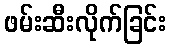
ဖမ်းဆီးလိုက်ခြင်း